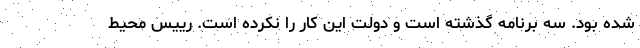
شده بود. سه برنامه گذشته است و دولت این کار را نکرده است. رییس محیط